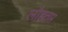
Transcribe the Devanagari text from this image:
लौहतप्त